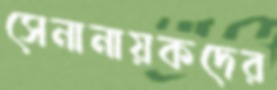
সেনানায়কদের